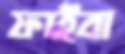
ফাইবা